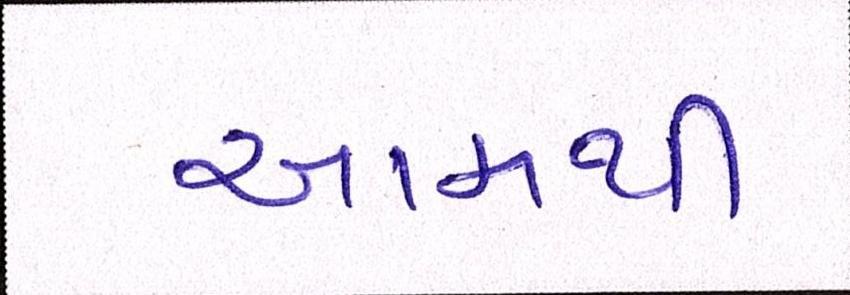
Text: આમથી